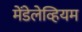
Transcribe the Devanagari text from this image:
मेंडेलेव्हियम